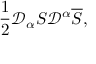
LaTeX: \frac { 1 } { 2 } \mathcal { D } _ { \alpha } S \mathcal { D } ^ { \alpha } \overline { { { S } } } ,